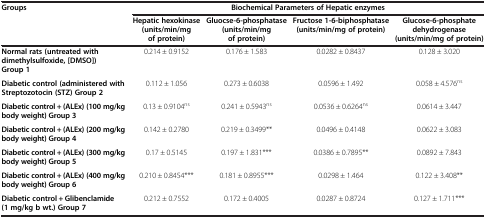
| <ROWSPAN=2> Groups | <COLSPAN=4> Biochemical Parameters of Hepatic enzymes |
 | Hepatic hexokinase (units/min/mg of protein) | Gluocse-6-phosphatase (units/min/mg of protein) | Fructose 1-6-biphosphatase (units/min/mg of protein) | Glucose-6-phosphate dehydrogenase (units/min/mg of protein) |
 | --- | --- | --- | --- | --- |
 | Normal rats (untreated with dimethylsulfoxide, [DMSO]) Group 1 | 0.214 ± 0.9152 | 0.176 ± 1.583 | 0.0282 ± 0.8437 | 0.128 ± 3.020 |
 | Diabetic control (administered with Streptozotocin (STZ) Group 2 | 0.112 ± 1.056 | 0.273 ± 0.6038 | 0.0596 ± 1.492 | 0.058 ± 4.576ns |
 | Diabetic control + (ALEx) (100 mg/kg body weight) Group 3 | 0.13 ± 0.9104ns | 0.241 ± 0.5943ns | 0.0536 ± 0.6264ns | 0.0614 ± 3.447 |
 | Diabetic control + (ALEx) (200 mg/kg body weight) Group 4 | 0.142 ± 0.2780 | 0.219 ± 0.3499** | 0.0496 ± 0.4148 | 0.0622 ± 3.083 |
 | Diabetic control + (ALEx) (300 mg/kg body weight) Group 5 | 0.17 ± 0.5145 | 0.197 ± 1.831*** | 0.0386 ± 0.7895** | 0.0892 ± 7.843 |
 | Diabetic control + (ALEx) (400 mg/kg body weight) Group 6 | 0.210 ± 0.8454*** | 0.181 ± 0.8955*** | 0.0298 ± 1.464 | 0.122 ± 3.408** |
 | Diabetic control + Glibenclamide (1 mg/kg b wt.) Group 7 | 0.212 ± 0.7552 | 0.172 ± 0.4005 | 0.0287 ± 0.8724 | 0.127 ± 1.711*** |